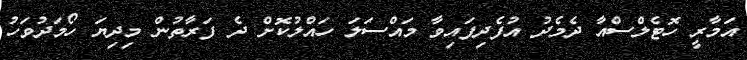
އަމާރީ ހޮޓެލްސްއާ ދެމެދު އުފެދިފައިވާ މައްސަލަ ހައްލުކޮށް ދެ ފަރާތުން މިދިޔަ ހޯމަދުވަހު